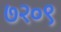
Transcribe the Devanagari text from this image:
७२०९